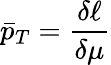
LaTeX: \bar{p}_{T}=\frac{\delta\ell}{\delta\mu}